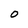
Character: O